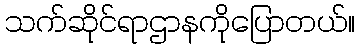
သက်ဆိုင်ရာဌာနကိုပြောတယ်။